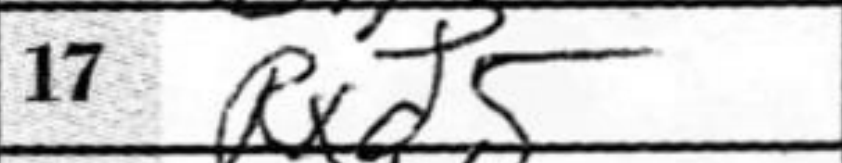
Transcription: Rxd5